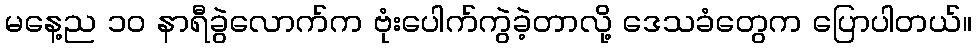
မနေ့ည ၁၀ နာရီခွဲလောက်က ဗုံးပေါက်ကွဲခဲ့တာလို့ ဒေသခံတွေက ပြောပါတယ်။